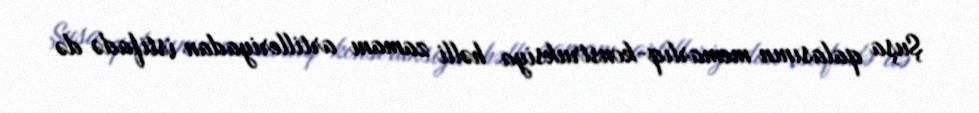
Şuşa qalasının memarlıq-konstruksiya həlli zamanı artilleriyadan istifadə də